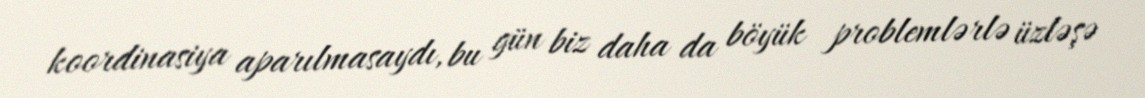
koordinasiya aparılmasaydı, bu gün biz daha da böyük problemlərlə üzləşə